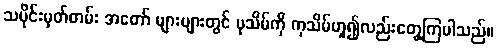
သမိုင်းမှတ်တမ်း အတော် များများတွင် ပုသိမ်ကို ကုသိမ်ဟူ၍လည်းတွေ့ကြပါသည်။